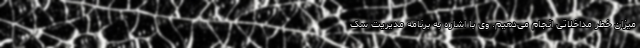
میزان خطر مداخلاتی انجام می‌دهیم. وی با اشاره به برنامه مدیریت سک